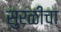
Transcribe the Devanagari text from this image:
सुरळीचा